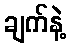
ချက်နဲ့